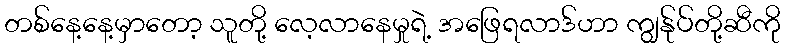
တစ်နေ့နေ့မှာတော့ သူတို့ လေ့လာနေမှုရဲ့ အဖြေရလာဒ်ဟာ ကျွန်ုပ်တို့ဆီကို